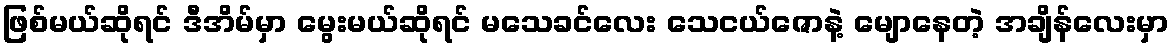
ဖြစ်မယ်ဆိုရင် ဒီအိမ်မှာ မွေးမယ်ဆိုရင် မသေခင်လေး သေငယ်ဇောနဲ့ မျောနေတဲ့ အချိန်လေးမှာ